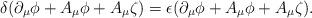
LaTeX: \begin{align*}\delta ( \partial_{\mu} \phi + A_{\mu} \phi + A_{\mu} \zeta ) = \epsilon (\partial_{\mu} \phi + A_{\mu} \phi + A_{\mu} \zeta ) .\end{align*}